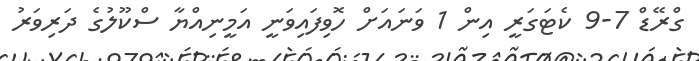
ގްރޭޑް 7-9 ކެޓަގަރީ އިން 1 ވަނައަށް ހޮވިފައިވަނީ އަމީނިއްޔާ ސްކޫލުގެ ދަރިވަރު